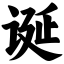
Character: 诞